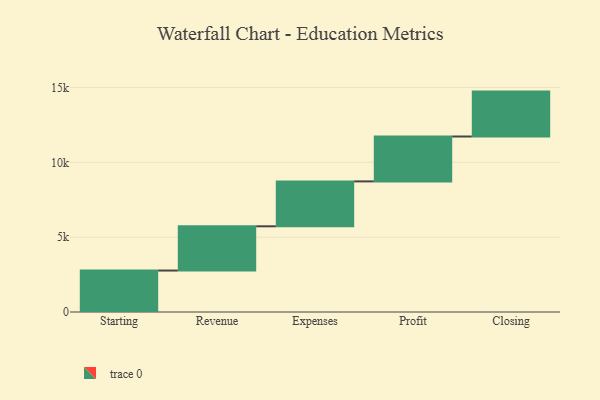
{"axis": {"x": "Step", "y": "Value"}, "legend": [""], "data": [{"x": "Starting", "y": 2770.0, "type": ""}, {"x": "Revenue", "y": 2956.0, "type": ""}, {"x": "Expenses", "y": 3000, "type": ""}, {"x": "Profit", "y": 3000, "type": ""}, {"x": "Closing", "y": 3000, "type": ""}]}